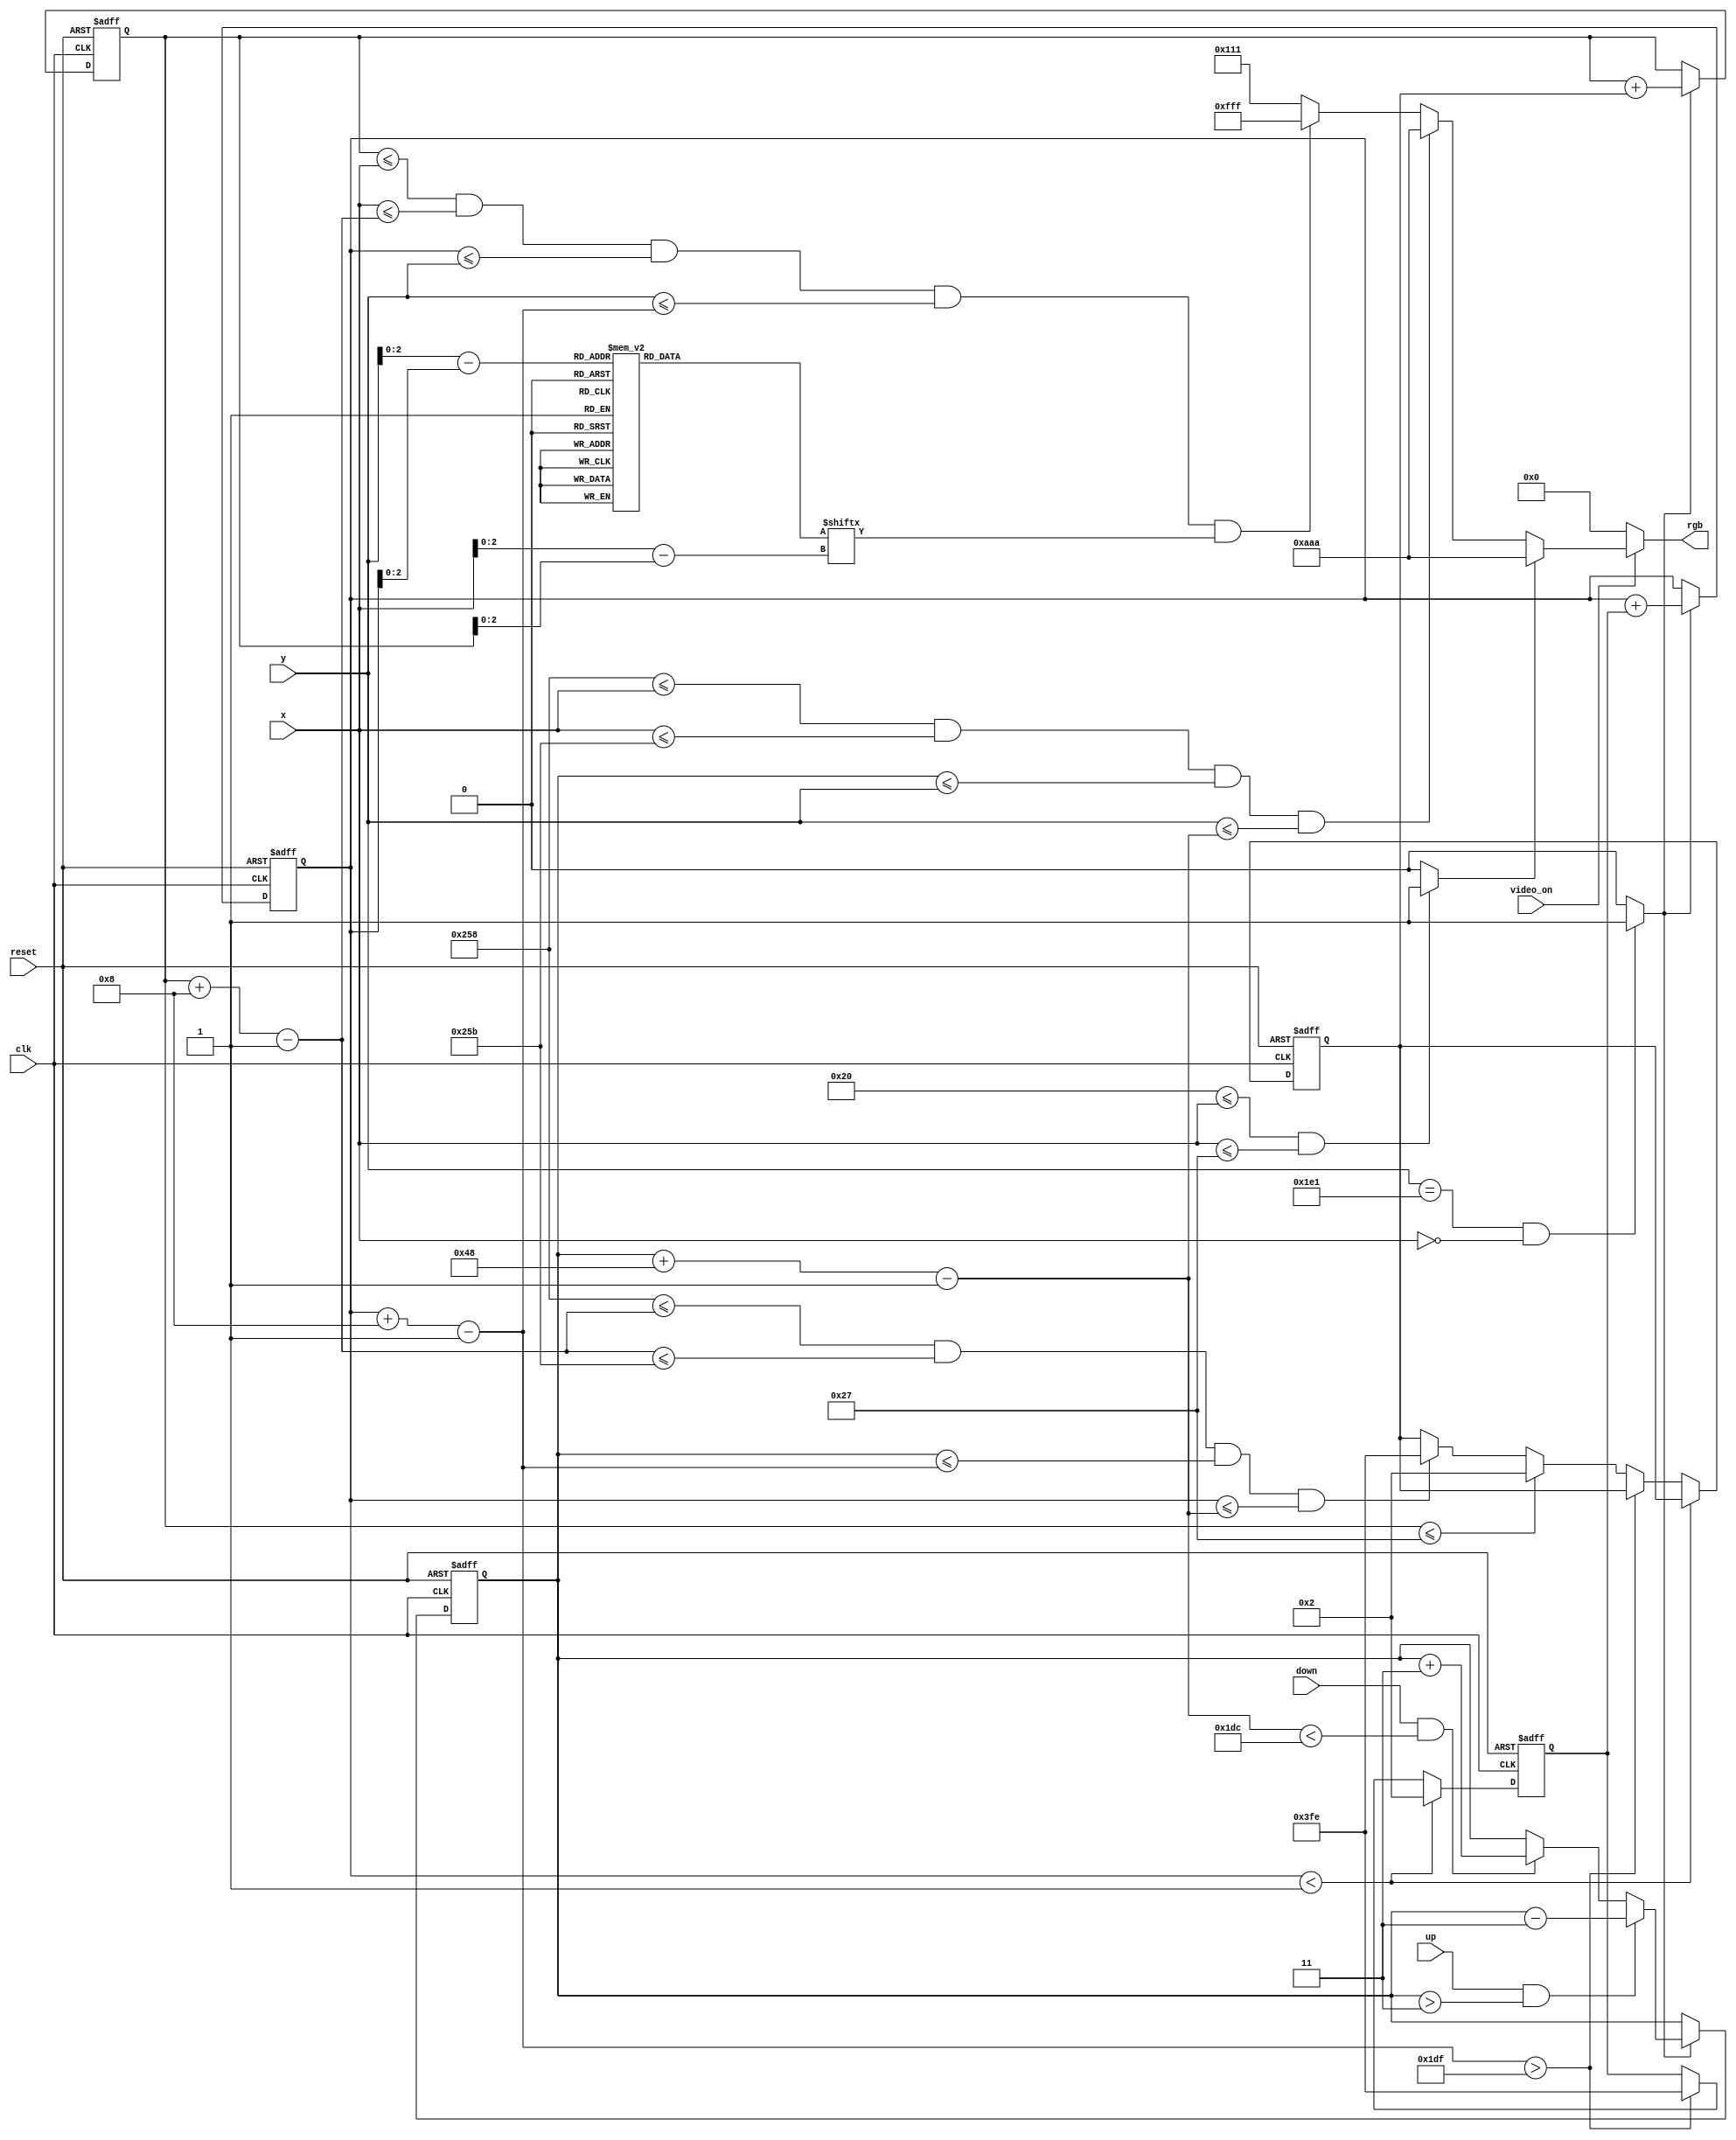
// This program was cloned from: https://github.com/FPGADude/Digital-Design
// License: GNU General Public License v3.0

`timescale 1ns / 1ps

module pixel_gen(
    input clk,  
    input reset,    
    input up,
    input down,
    input video_on,
    input [9:0] x,
    input [9:0] y,
    output reg [11:0] rgb
    );
    
    // maximum x, y values in display area
    parameter X_MAX = 639;
    parameter Y_MAX = 479;
    
    // create 60Hz refresh tick
    wire refresh_tick;
    assign refresh_tick = ((y == 481) && (x == 0)) ? 1 : 0; // start of vsync(vertical retrace)
    
    // WALL
    // wall boundaries
    parameter X_WALL_L = 32;    
    parameter X_WALL_R = 39;    // 8 pixels wide
    
    // PADDLE
    // paddle horizontal boundaries
    parameter X_PAD_L = 600;
    parameter X_PAD_R = 603;    // 4 pixels wide
    // paddle vertical boundary signals
    wire [9:0] y_pad_t, y_pad_b;
    parameter PAD_HEIGHT = 72;  // 72 pixels high
    // register to track top boundary and buffer
    reg [9:0] y_pad_reg, y_pad_next;
    // paddle moving velocity when a button is pressed
    parameter PAD_VELOCITY = 3;     // change to speed up or slow down paddle movement
    
    // BALL
    // square rom boundaries
    parameter BALL_SIZE = 8;
    // ball horizontal boundary signals
    wire [9:0] x_ball_l, x_ball_r;
    // ball vertical boundary signals
    wire [9:0] y_ball_t, y_ball_b;
    // register to track top left position
    reg [9:0] y_ball_reg, x_ball_reg;
    // signals for register buffer
    wire [9:0] y_ball_next, x_ball_next;
    // registers to track ball speed and buffers
    reg [9:0] x_delta_reg, x_delta_next;
    reg [9:0] y_delta_reg, y_delta_next;
    // positive or negative ball velocity
    parameter BALL_VELOCITY_POS = 2;
    parameter BALL_VELOCITY_NEG = -2;
    // round ball from square image
    wire [2:0] rom_addr, rom_col;   // 3-bit rom address and rom column
    reg [7:0] rom_data;             // data at current rom address
    wire rom_bit;                   // signify when rom data is 1 or 0 for ball rgb control
    
    // Register Control
    always @(posedge clk or posedge reset)
        if(reset) begin
            y_pad_reg <= 0;
            x_ball_reg <= 0;
            y_ball_reg <= 0;
            x_delta_reg <= 10'h002;
            y_delta_reg <= 10'h002;
        end
        else begin
            y_pad_reg <= y_pad_next;
            x_ball_reg <= x_ball_next;
            y_ball_reg <= y_ball_next;
            x_delta_reg <= x_delta_next;
            y_delta_reg <= y_delta_next;
        end
    
    // ball rom
    always @*
        case(rom_addr)
            3'b000 :    rom_data = 8'b00111100; //   ****  
            3'b001 :    rom_data = 8'b01111110; //  ******
            3'b010 :    rom_data = 8'b11111111; // ********
            3'b011 :    rom_data = 8'b11111111; // ********
            3'b100 :    rom_data = 8'b11111111; // ********
            3'b101 :    rom_data = 8'b11111111; // ********
            3'b110 :    rom_data = 8'b01111110; //  ******
            3'b111 :    rom_data = 8'b00111100; //   ****
        endcase
    
    // OBJECT STATUS SIGNALS
    wire wall_on, pad_on, sq_ball_on, ball_on;
    wire [11:0] wall_rgb, pad_rgb, ball_rgb, bg_rgb;
    
    // pixel within wall boundaries
    assign wall_on = ((X_WALL_L <= x) && (x <= X_WALL_R)) ? 1 : 0;
    
    // assign object colors
    assign wall_rgb = 12'hAAA;      // gray wall
    assign pad_rgb = 12'hAAA;       // gray paddle
    assign ball_rgb = 12'hFFF;      // white ball
    assign bg_rgb = 12'h111;       // close to black background
    
    // paddle 
    assign y_pad_t = y_pad_reg;                             // paddle top position
    assign y_pad_b = y_pad_t + PAD_HEIGHT - 1;              // paddle bottom position
    assign pad_on = (X_PAD_L <= x) && (x <= X_PAD_R) &&     // pixel within paddle boundaries
                    (y_pad_t <= y) && (y <= y_pad_b);
                    
    // Paddle Control
    always @* begin
        y_pad_next = y_pad_reg;     // no move
        if(refresh_tick)
            if(up & (y_pad_t > PAD_VELOCITY))
                y_pad_next = y_pad_reg - PAD_VELOCITY;  // move up
            else if(down & (y_pad_b < (Y_MAX - PAD_VELOCITY)))
                y_pad_next = y_pad_reg + PAD_VELOCITY;  // move down
    end
    
    // rom data square boundaries
    assign x_ball_l = x_ball_reg;
    assign y_ball_t = y_ball_reg;
    assign x_ball_r = x_ball_l + BALL_SIZE - 1;
    assign y_ball_b = y_ball_t + BALL_SIZE - 1;
    // pixel within rom square boundaries
    assign sq_ball_on = (x_ball_l <= x) && (x <= x_ball_r) &&
                        (y_ball_t <= y) && (y <= y_ball_b);
    // map current pixel location to rom addr/col
    assign rom_addr = y[2:0] - y_ball_t[2:0];   // 3-bit address
    assign rom_col = x[2:0] - x_ball_l[2:0];    // 3-bit column index
    assign rom_bit = rom_data[rom_col];         // 1-bit signal rom data by column
    // pixel within round ball
    assign ball_on = sq_ball_on & rom_bit;      // within square boundaries AND rom data bit == 1
    // new ball position
    assign x_ball_next = (refresh_tick) ? x_ball_reg + x_delta_reg : x_ball_reg;
    assign y_ball_next = (refresh_tick) ? y_ball_reg + y_delta_reg : y_ball_reg;
    
    // change ball direction after collision
    always @* begin
        x_delta_next = x_delta_reg;
        y_delta_next = y_delta_reg;
        if(y_ball_t < 1)                                            // collide with top
            y_delta_next = BALL_VELOCITY_POS;                       // move down
        else if(y_ball_b > Y_MAX)                                   // collide with bottom
            y_delta_next = BALL_VELOCITY_NEG;                       // move up
        else if(x_ball_l <= X_WALL_R)                               // collide with wall
            x_delta_next = BALL_VELOCITY_POS;                       // move right
        else if((X_PAD_L <= x_ball_r) && (x_ball_r <= X_PAD_R) &&
                (y_pad_t <= y_ball_b) && (y_ball_t <= y_pad_b))     // collide with paddle
            x_delta_next = BALL_VELOCITY_NEG;                       // move left
    end                    
    
    // rgb multiplexing circuit
    always @*
        if(~video_on)
            rgb = 12'h000;      // no value, blank
        else
            if(wall_on)
                rgb = wall_rgb;     // wall color
            else if(pad_on)
                rgb = pad_rgb;      // paddle color
            else if(ball_on)
                rgb = ball_rgb;     // ball color
            else
                rgb = bg_rgb;       // background
       
endmodule